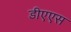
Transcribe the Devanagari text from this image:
डीएएस